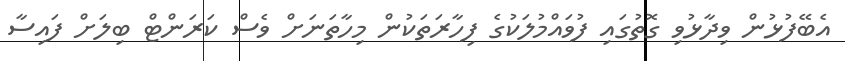
އެބޭފުޅުން ވިދާޅުވި ގޮތުގައި ފުވައްމުލަކުގެ ފިހާރަތަކުން މިހާތަނަށް ވެސް ކަރަންޓް ބިލަށް ފައިސާ